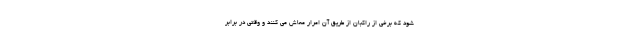
شود که برخی از راکبان از طریق آن امرار معاش می کنند و وقتی در برابر